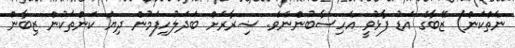
ނެތްކަން) ޒޭބާގެ އަޑު ފާޅުވީ އެހިސާބުންނެވެ. ޟިރާރަށް ބަދަލުހިފަމުން ދިޔަ ކަންތަކުން ޒިބާން